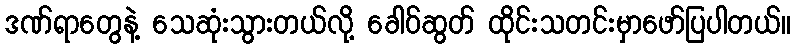
ဒဏ်ရာတွေနဲ့ သေဆုံးသွားတယ်လို့ ခေါဝ်ဆွတ် ထိုင်းသတင်းမှာဖော်ပြပါတယ်။